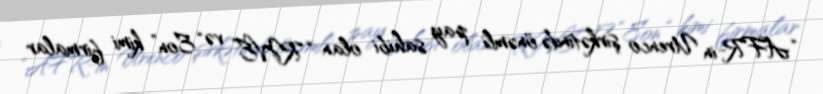
“AFR-in Urenco şirkətində önəmli pay sahibi olan “RWE” və “Eon” kimi firmalar